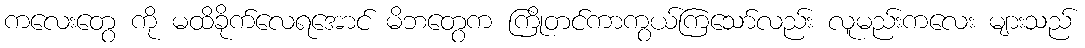
ကလေးတွေ ကို မထိခိုက်လေရအောင် မိဘတွေက ကြိုတင်ကာကွယ်ကြသော်လည်း လူမည်းကလေး များသည်